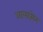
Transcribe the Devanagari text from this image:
आलहसेन